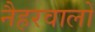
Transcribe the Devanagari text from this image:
नैहरवालों